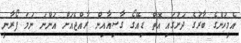
އެމީހުންގެ ބާރުގެ ދަށުގައި އޮތް ޑިއޭގޯ ގާސިއާއިން ރާއްޖެއަށް އަންނަ ނަމަ ފޯރާނީ